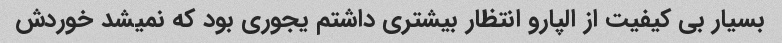
بسیار بی کیفیت از الپارو انتظار بیشتری داشتم یجوری بود که نمیشد خوردش